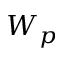
W _ { p }